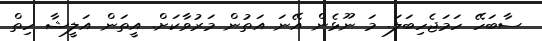
ސާބަހޭ ހަމަޖެހިބަލަ. މަ ނޫޅެން އޭނަ އަތުން މަރުވާކަށް. އީތަން އަލީޝާ ހިތް